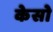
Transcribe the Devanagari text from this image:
केसो